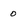
Character: o